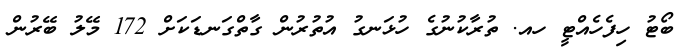
ބޯޓު ހިފެހެއްޓީ ހއ. ތުރާކުނުގެ ހުޅަނގު އުތުރުން ގާތްގަނޑަކަށް 172 މޭލު ބޭރުން